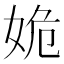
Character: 姽